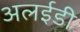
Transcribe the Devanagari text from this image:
अलईडी